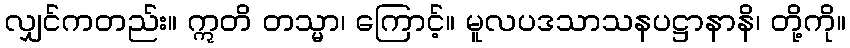
လျှင်ကတည်း။ ဣတိ တသ္မာ၊ ကြောင့်။ မူလပဒသာသနပဋ္ဌာနာနိ၊ တို့ကို။